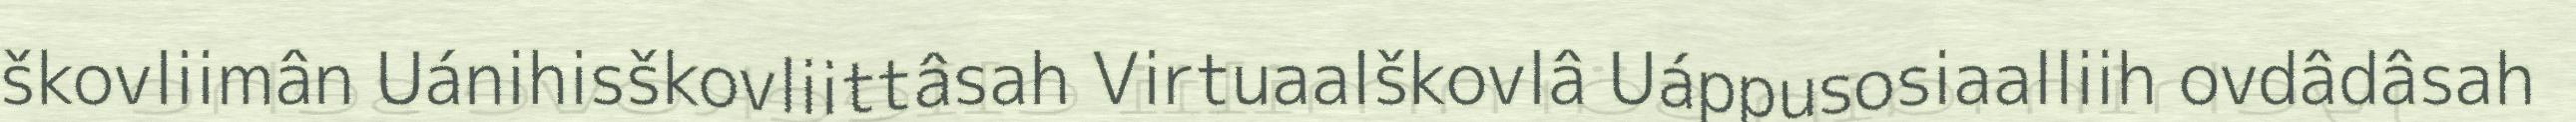
škovliimân Uánihisškovliittâsah Virtuaalškovlâ Uáppusosiaalliih ovdâdâsah